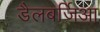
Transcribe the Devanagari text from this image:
डैलबर्जिआ